Civil Veterinary Department. Central Provinces & Berar 1925-31 - 1925-1931
Year: 1925
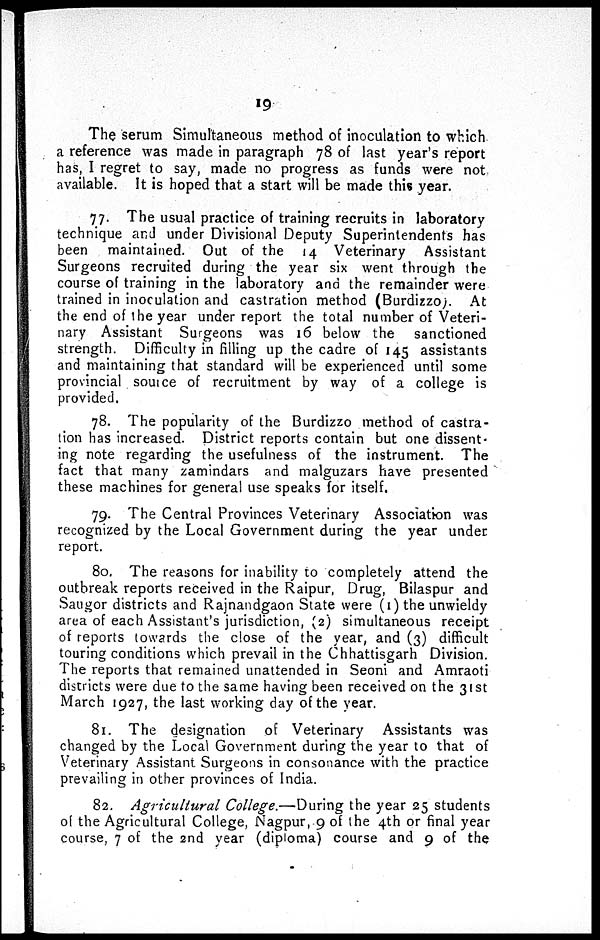
19
The serum Simultaneous method of inoculation to which
a reference was made in paragraph 78 of last year's report
has, I regret to say, made no progress as funds were not.
available. It is hoped that a start will be made this year.
77. The usual practice of training recruits in laboratory
technique and under Divisional Deputy Superintendents has
been maintained. Out of the 14 Veterinary Assistant
Surgeons recruited during the year six went through the
course of training in the laboratory and the remainder were
trained in inoculation and castration method (Burdizzo). At
the end of the year under report the total number of Veteri-
nary Assistant Surgeons was 16 below the
sanctioned
strength. Difficulty in filling up the cadre of 145 assistants
and maintaining that standard will be experienced until some
provincial source of recruitment by way of a college is
provided.
78. The popularity of the Burdizzo method of castra-
tion has increased. District reports contain but one dissent-
ing note regarding the usefulness of the instrument. The
fact that many zamindars and malguzars have presented
these machines for general use speaks for itself.
79. The Central Provinces Veterinary Association was
recognized by the Local Government during the year under
report.
80. The reasons for inability to completely attend the
outbreak reports received in the Raipur, Drug, Bilaspur and
Saugor districts and Rajnandgaon State were (1) the unwieldy
area of each Assistant's jurisdiction, (2) simultaneous receipt
of reports towards the close of the year, and (3) difficult
touring conditions which prevail in the Chhattisgarh Division.
The reports that remained unattended in Seoni and Amraoti
districts were due to the same having been received on the 31st
March 1927, the last working day of the year.
81. The designation of Veterinary Assistants was
changed by the Local Government during the year to that of
Veterinary Assistant Surgeons in consonance with the practice
prevailing in other provinces of India.
82. Agricultural College.—During the year 25 students
of the Agricultural College, Nagpur, 9 of the 4th or final year
course, 7 of the 2nd year (diploma) course and 9 of the